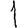
Digit: 1